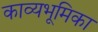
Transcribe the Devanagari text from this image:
काव्यभूमिका